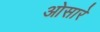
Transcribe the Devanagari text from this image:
ओसारे